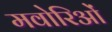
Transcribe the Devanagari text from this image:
मवोरिओं